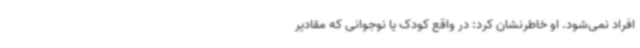
افراد نمی‌شود. او خاطرنشان کرد: در واقع کودک یا نوجوانی که مقادیر